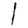
Digit: 1